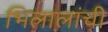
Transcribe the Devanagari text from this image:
भिलालांची